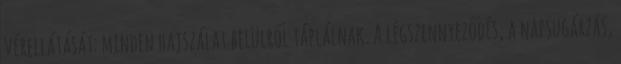
vérellátását: minden hajszálat belülről táplálnak. A légszennyeződés, a napsugárzás,